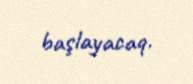
başlayacaq.